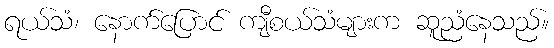
ရယ်သံ၊ နောက်ပြောင် ကျီစယ်သံများက ဆူညံနေသည်။